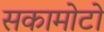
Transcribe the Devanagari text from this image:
सकामोटो